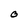
Character: O